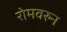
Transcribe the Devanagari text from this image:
रोमवरुन